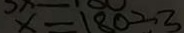
x = 1 8 0 \div 3